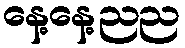
နေ့နေ့ညည